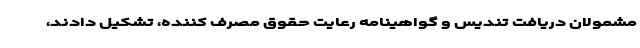
مشمولان دریافت تندیس و گواهینامه رعایت حقوق مصرف کننده، تشکیل دادند،